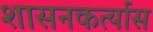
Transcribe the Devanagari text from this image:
शासनकर्त्यास